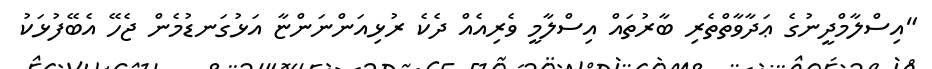
"އިސްލާމްދީނުގެ ޢަދާވާތްތެރި ބާރުތައް އިސްލާމީ ވެރިއެއް ދެކެ ރުޅިއަންނަންޏާ އަޅުގަނޑުމެން ޖެހޭ އެބޭފުޅަކު